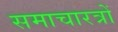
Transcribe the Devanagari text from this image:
समाचारत्रों